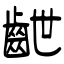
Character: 齛